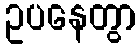
ဥပနေတွာ